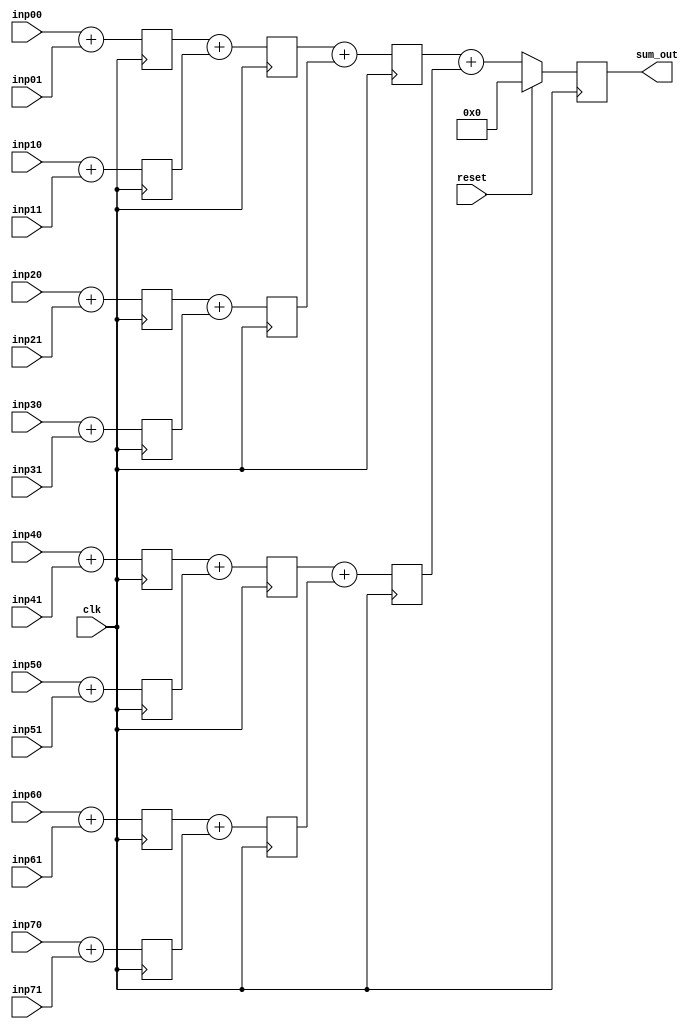
module adder_tree_4stage_4bit(clk,reset,inp00,inp01,inp10,inp11,inp20,inp21,inp30,inp31,inp40,inp41,inp50,inp51,inp60,inp61,inp70,inp71,sum_out);

input clk;
input reset; 
input [3:0] inp00; 
input [3:0] inp01;
input [3:0] inp10; 
input [3:0] inp11;
input [3:0] inp20; 
input [3:0] inp21;
input [3:0] inp30; 
input [3:0] inp31;
input [3:0] inp40; 
input [3:0] inp41;
input [3:0] inp50; 
input [3:0] inp51;
input [3:0] inp60; 
input [3:0] inp61;
input [3:0] inp70; 
input [3:0] inp71;
output reg [7:0] sum_out;

reg [4:0] S_0_0; 
reg [4:0] S_0_1;
reg [4:0] S_0_2;
reg [4:0] S_0_3;
reg [4:0] S_0_4;
reg [4:0] S_0_5;
reg [4:0] S_0_6;
reg [4:0] S_0_7;

always@(posedge clk) begin 

S_0_0 <= inp00 + inp01; 
S_0_1 <= inp10 + inp11;
S_0_2 <= inp20 + inp21;
S_0_3 <= inp30 + inp31;
S_0_4 <= inp40 + inp41; 
S_0_5 <= inp50 + inp51;
S_0_6 <= inp60 + inp61;
S_0_7 <= inp70 + inp71;

end 

reg [5:0] S_1_0;
reg [5:0] S_1_1;
reg [5:0] S_1_2;
reg [5:0] S_1_3;

always@(posedge clk) begin 

S_1_0 <= S_0_0 + S_0_1; 
S_1_1 <= S_0_2 + S_0_3;
S_1_2 <= S_0_4 + S_0_5; 
S_1_3 <= S_0_6 + S_0_7;

end

reg [6:0] S_2_0; 
reg [6:0] S_2_1;

always@(posedge clk) begin 

S_2_0 <= S_1_0 + S_1_1; 
S_2_1 <= S_1_2 + S_1_3;

end

always@(posedge clk) begin 

if (reset == 1'b1) begin 
  sum_out <= 8'd0; 
end
else begin 
  sum_out <= S_2_0 + S_2_1; 
end

end 

endmodule